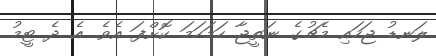
ލަނޑު ޖަހައި މެޗުގެ ނަތީޖާ ހަމަހަމަ ކޮށްފަ އެވެ. އެ ދެ ޓީމު